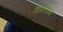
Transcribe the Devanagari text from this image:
डिसीजवर